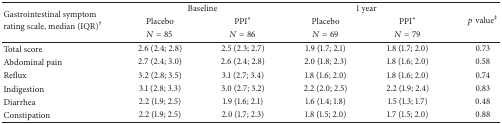
| <ROWSPAN=3> Gastrointestinal symptom rating scale, median (IQR)† | <COLSPAN=2> Baseline | <COLSPAN=2> 1 year | <ROWSPAN=3> p value‡ |
 | Placebo | PPI∗ | Placebo | PPI∗ |
 | N = 85 | N = 86 | N = 69 | N = 79 |
 | --- | --- | --- | --- | --- | --- |
 | Total score | 2.6 (2.4; 2.8) | 2.5 (2.3; 2.7) | 1.9 (1.7; 2.1) | 1.8 (1.7; 2.0) | 0.73 |
 | Abdominal pain | 2.7 (2.4; 3.0) | 2.6 (2.4; 2.8) | 2.0 (1.8; 2.3) | 1.8 (1.6; 2.0) | 0.58 |
 | Reflux | 3.2 (2.8; 3.5) | 3.1 (2.7; 3.4) | 1.8 (1.6; 2.0) | 1.8 (1.6; 2.0) | 0.74 |
 | Indigestion | 3.1 (2.8; 3.3) | 3.0 (2.7; 3.2) | 2.2 (2.0; 2.5) | 2.2 (1.9; 2.4) | 0.83 |
 | Diarrhea | 2.2 (1.9; 2.5) | 1.9 (1.6; 2.1) | 1.6 (1.4; 1.8) | 1.5 (1.3; 1.7) | 0.48 |
 | Constipation | 2.2 (1.9; 2.5) | 2.0 (1.7; 2.3) | 1.8 (1.5; 2.0) | 1.7 (1.5; 2.0) | 0.88 |